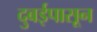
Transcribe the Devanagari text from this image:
दुबईपासून